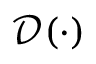
\mathcal { D } ( \cdot )